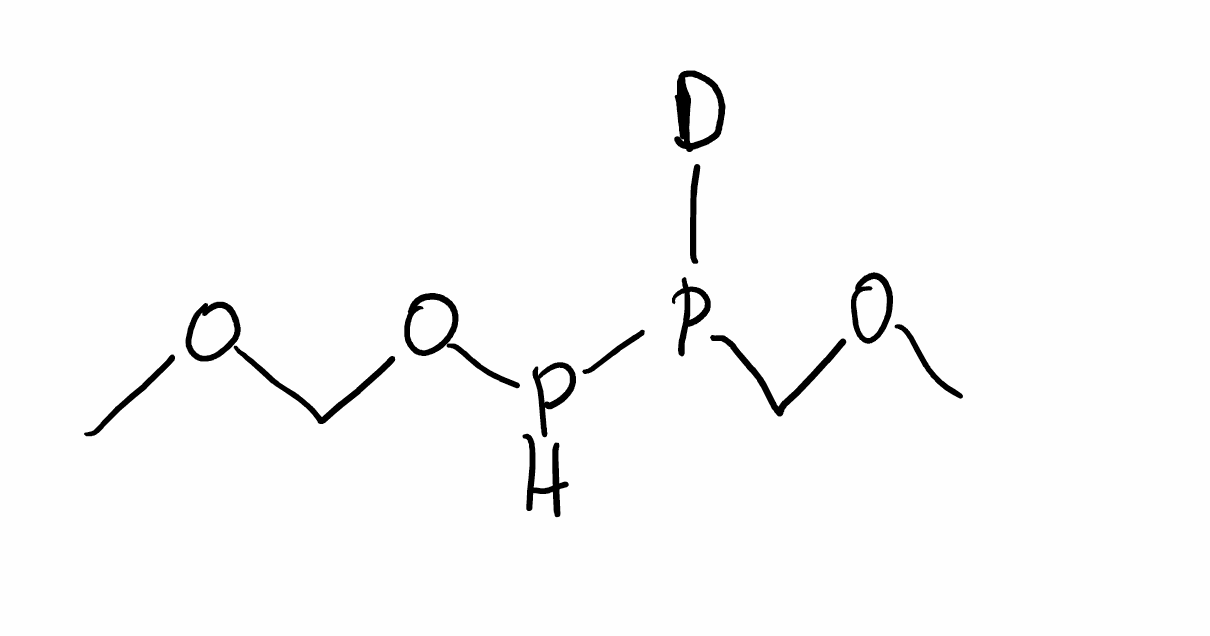
Simplified molecular-input line-entry system (SMILES) notation of the given molecule:
[2H]P(COC)POCOC